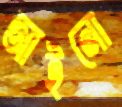
আইনো